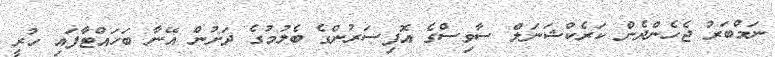
ނަމްބަރު ޖެހެންދެން ކަރެކްޝަނަލް ސާވިސްގެ އޮފިސަރުންގެ ބެލުމުގެ ދަށުން އޭނާ ބަހަައްޓާފައި ހުރީ